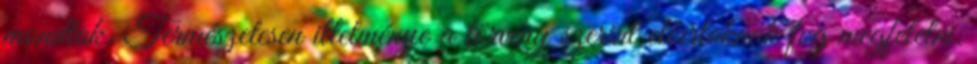
mondtak. Természetesen illetménye a törvény szerint előírtaknak fog megfelelni.